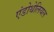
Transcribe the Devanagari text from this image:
एंडोथेलियल